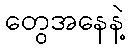
တွေအနေနဲ့